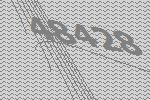
48428